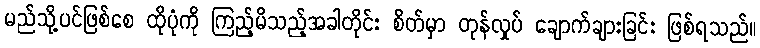
မည်သို့ပင်ဖြစ်စေ ထိုပုံကို ကြည့်မိသည့်အခါတိုင်း စိတ်မှာ တုန်လှုပ် ချောက်ချားခြင်း ဖြစ်ရသည်။